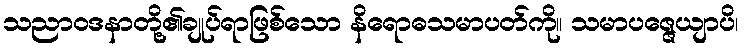
သညာဝဒနာတို့၏ချုပ်ရာဖြစ်သော နိရောဓသမာပတ်ကို။ သမာပဇ္ဇေယျာပိ၊